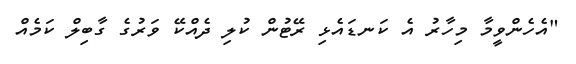
"އެހެންވީމާ މިހާރު އެ ކަނޑައެޅި ރޭޓުން ކުލި ދެއްކޭ ވަރުގެ ގާބިލް ކަމެެއް